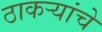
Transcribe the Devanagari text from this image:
ठाकऱ्यांचे